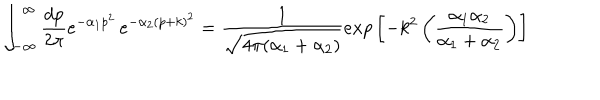
LaTeX: \int _ { - \infty } ^ { \infty } { \frac { d p } { 2 \pi } } e ^ { - \alpha _ { 1 } p ^ { 2 } } \, e ^ { - \alpha _ { 2 } ( p + k ) ^ { 2 } } = { \frac { 1 } { \sqrt { 4 \pi ( \alpha _ { 1 } + \alpha _ { 2 } ) } } } e x p \left[ - k ^ { 2 } \left( { \frac { \alpha _ { 1 } \alpha _ { 2 } } { \alpha _ { 1 } + \alpha _ { 2 } } } \right) \right]